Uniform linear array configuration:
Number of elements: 4
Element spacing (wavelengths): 0.25
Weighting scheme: hann
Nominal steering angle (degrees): -45
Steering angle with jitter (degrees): -45.149
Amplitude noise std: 0.05
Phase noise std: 0.05

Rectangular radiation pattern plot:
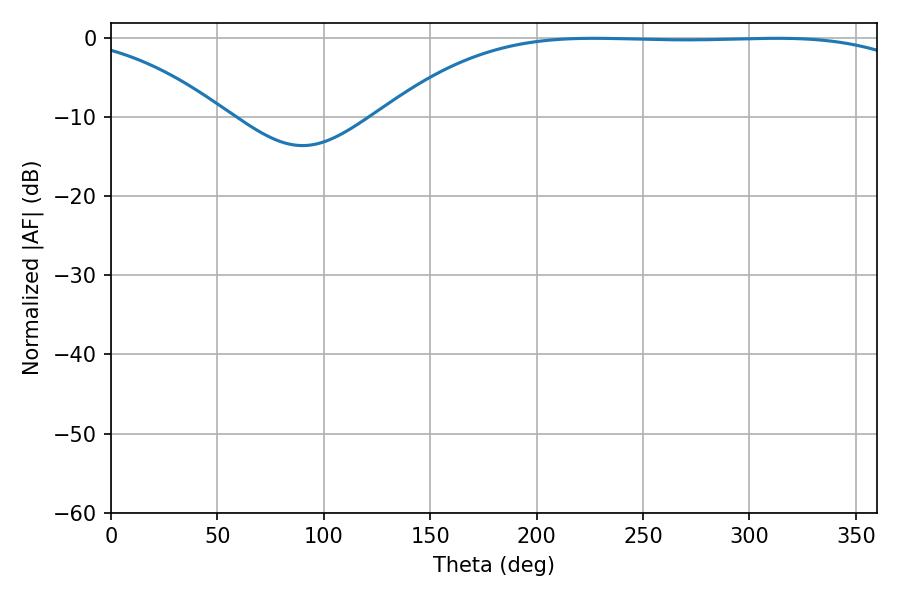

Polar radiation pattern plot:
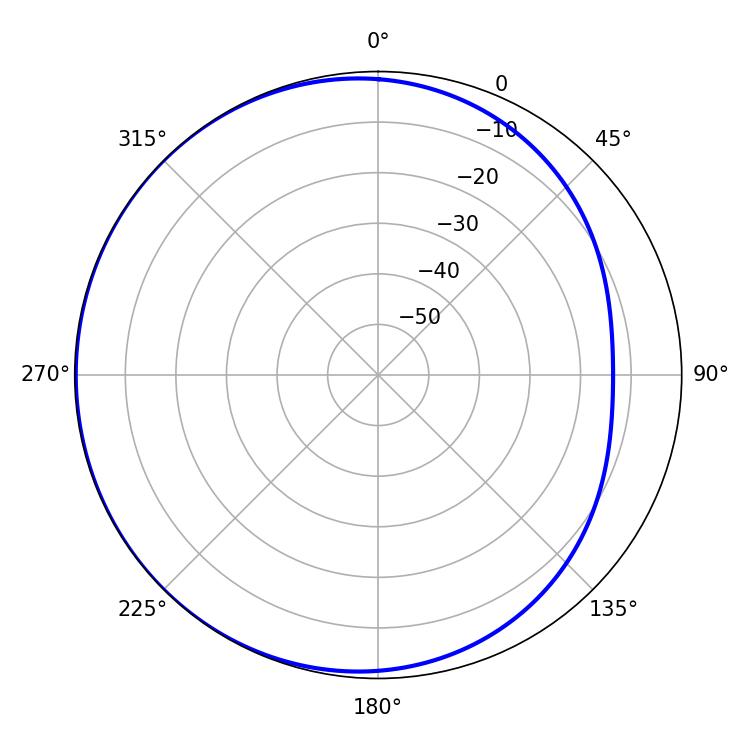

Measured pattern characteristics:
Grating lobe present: FALSE
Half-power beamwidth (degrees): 195.48
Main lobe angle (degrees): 226.98